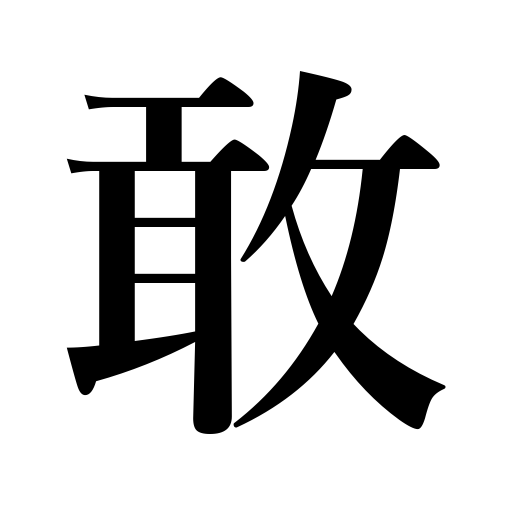
Meanings: pitiful,fleeting,frail,unkind,feeble,sad,tragic